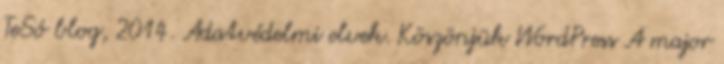
TeSó blog, 2014. Adatvédelmi elvek. Köszönjük WordPress A major